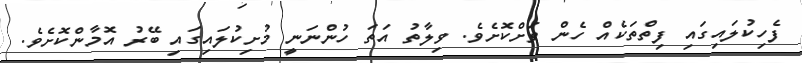
ފެހިކުލައިގައި ފިތްތަކެއް ހެން ވަށްކޮށެވެ. ވިލާތު އަތަ ހުންނަނީ މުށިކުލައިގައި ބޭރު އޮމާންކޮށެވެ.